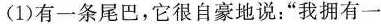
(1)有一条尾巴，它很自豪地说：”我拥有一